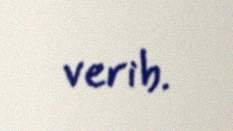
verib.